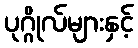
ပုဂ္ဂိုလ်များနှင့်